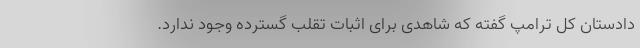
دادستان کل ترامپ گفته که شاهدی برای اثبات تقلب گسترده وجود ندارد.